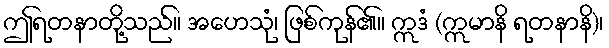
ဤရတနာတို့သည်။ အဟေသုံ၊ ဖြစ်ကုန်၏။ ဣဒံ (ဣမာနိ ရတနာနိ)၊